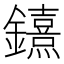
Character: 𨯨